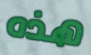
هذه